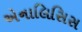
એનાલિસિસ